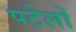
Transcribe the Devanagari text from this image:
पटेलों